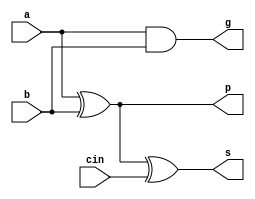

`timescale 1 ns / 100 ps

module fa_pg(a, b, cin, s, p, g);
    input a, b, cin;

    output wire s, p, g;

    wire w1;

	xor x1(p, a, b);
	xor x2(s, p, cin);

    and a1(g, a, b);
//    or #1 o1(p, a, b);
endmodule

module cla_4(a, b, cin, s, pg, gg);
    input [3:0] a;
    input [3:0] b;
    output wire [3:0] s;

    input cin;
    output wire pg, gg;

    wire [3:0] p;
    wire [3:0] g;
    wire [2:0] c;

    fa_pg fa0(a[0], b[0],  cin, s[0], p[0], g[0]);
    fa_pg fa1(a[1], b[1], c[0], s[1], p[1], g[1]);
    fa_pg fa2(a[2], b[2], c[1], s[2], p[2], g[2]);
    fa_pg fa3(a[3], b[3], c[2], s[3], p[3], g[3]);

    assign c[0] = g[0] | p[0]&cin;
    assign c[1] = g[1] | g[0]&p[1] | cin&p[0]&p[1];
    assign c[2] = g[2] | g[1]&p[2] | g[0]&p[1]&p[2] | cin&p[0]&p[1]&p[2];

    assign pg = p[0]&p[1]&p[2]&p[3];
    assign gg = g[3] | g[2]&p[3] | g[1]&p[3]&p[2] | g[0]&p[3]&p[2]&p[1];
    //assign cout = gg | cin&pg;
endmodule

module cla_16(a, b, cin, s, pg, gg);
    input [15:0] a;
    input [15:0] b;
    output wire [15:0] s;

    input cin;
    output wire pg, gg;

    wire [3:0] p;
    wire [3:0] g;
    wire [2:0] c;

    cla_4 cla0(a[3:0],     b[3:0],  cin,   s[3:0], p[0], g[0]);
    cla_4 cla1(a[7:4],     b[7:4], c[0],   s[7:4], p[1], g[1]);
    cla_4 cla2(a[11:8],   b[11:8], c[1],  s[11:8], p[2], g[2]);
    cla_4 cla3(a[15:12], b[15:12], c[2], s[15:12], p[3], g[3]);

    assign c[0] = g[0] | p[0]&cin;
    assign c[1] = g[1] | g[0]&p[1] | cin&p[0]&p[1];
    assign c[2] = g[2] | g[1]&p[2] | g[0]&p[1]&p[2] | cin&p[0]&p[1]&p[2];

    assign pg = p[0]&p[1]&p[2]&p[3];
    assign gg = g[3] | g[2]&p[3] | g[1]&p[3]&p[2] | g[0]&p[3]&p[2]&p[1];
    //assign cout = gg | cin&pg;
endmodule

module cla_32(a, b, cin, s, cout);
    input [31:0] a;
    input [31:0] b;
    output wire [31:0] s;

    input cin;
    output wire cout;

    wire [3:0] p;
    wire [3:0] g;
    wire [2:0] c;

    cla_16 cla0(a[15:0],   b[15:0],  cin,   s[15:0], p[0], g[0]);
    cla_16 cla1(a[31:16], b[31:16], c[0],  s[31:16], p[1], g[1]);

    assign c[0] = g[0] | p[0]&cin;
    assign cout = g[1] | g[0]&p[1] | cin&p[0]&p[1];
endmodule

module cla_64(a, b, cin, s, cout);
    input [63:0] a;
    input [63:0] b;
    output wire [63:0] s;

    input cin;
    wire pg, gg;
    output wire cout;

    wire [3:0] p;
    wire [3:0] g;
    wire [2:0] c;

    cla_16 cla0(a[15:0],   b[15:0],  cin,  s[15:0], p[0], g[0]);
    cla_16 cla1(a[31:16], b[31:16], c[0], s[31:16], p[1], g[1]);
    cla_16 cla2(a[47:32], b[47:32], c[1], s[47:32], p[2], g[2]);
    cla_16 cla3(a[63:48], b[63:48], c[2], s[63:48], p[3], g[3]);

    assign c[0] = g[0] | p[0]&cin;
    assign c[1] = g[1] | g[0]&p[1] | cin&p[0]&p[1];
    assign c[2] = g[2] | g[1]&p[2] | g[0]&p[1]&p[2] | cin&p[0]&p[1]&p[2];

    assign pg = p[0]&p[1]&p[2]&p[3];
    assign gg = g[3] | g[2]&p[3] | g[1]&p[3]&p[2] | g[0]&p[3]&p[2]&p[1];
    assign cout = gg | cin&pg;
endmodule